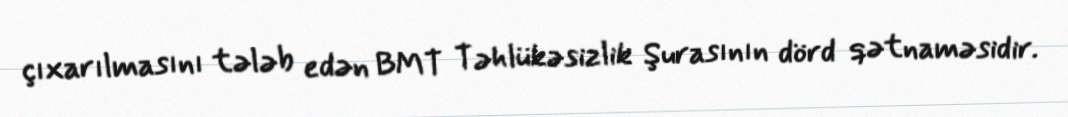
çıxarılmasını tələb edən BMT Təhlükəsizlik Şurasının dörd qətnaməsidir.